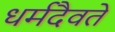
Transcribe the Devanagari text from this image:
धर्मदैवते